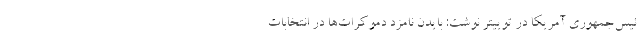
ئیس‌جمهوری آمریکا در توییتر نوشت: بایدن نامزد دموکرات‌ها در انتخابات